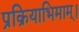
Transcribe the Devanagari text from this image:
प्रक्रियाभिमाम्।